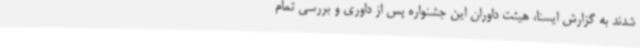
شدند به گزارش ایسنا، هیئت داوران این جشنواره پس از داوری و بررسی تمام